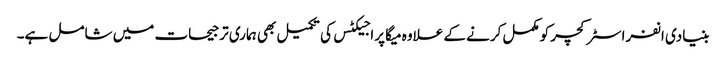
بنیادی انفراسٹرکچر کومکمل کرنے کے علاوہ میگا پراجیکٹس کی تکمیل بھی ہماری ترجیحات میں شامل ہے۔